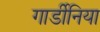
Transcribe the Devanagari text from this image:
गार्डीनिया